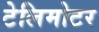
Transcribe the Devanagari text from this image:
टेलिमोटर